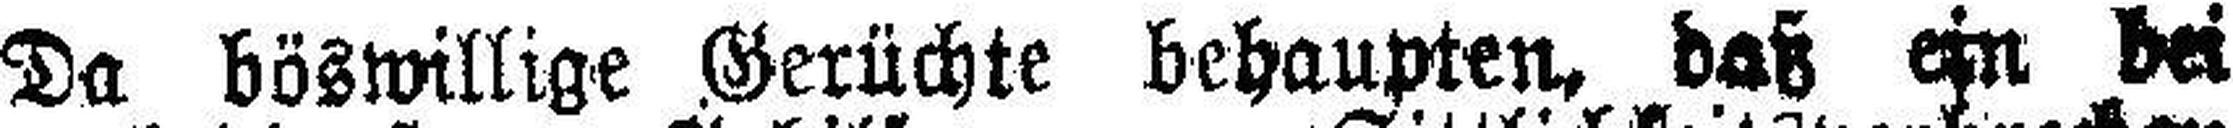
Da böswillige Gerüchte behaupten, daß ein bei